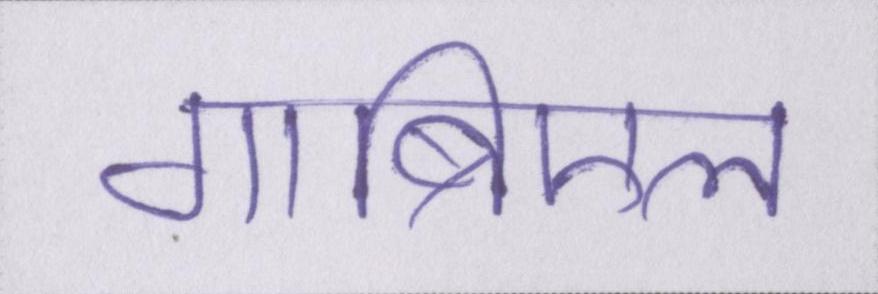
गाब्रिएल